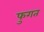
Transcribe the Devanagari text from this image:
फुगत